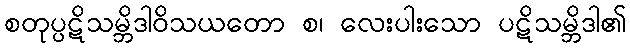
စတုပ္ပဋိသမ္ဘိဒါဝိသယတော စ၊ လေးပါးသော ပဋိသမ္ဘိဒါ၏